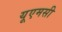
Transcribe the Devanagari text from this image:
यूएमसी